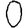
Digit: 0